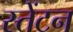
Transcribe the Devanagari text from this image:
स्तेंटन